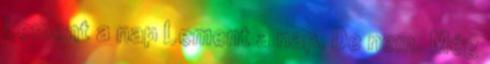
Lement a nap Lement a nap. De nem. Még